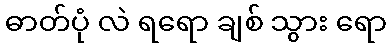
ဓာတ်ပုံ လဲ ရရော ချစ် သွား ရော